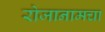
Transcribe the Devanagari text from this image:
रोजानामचा